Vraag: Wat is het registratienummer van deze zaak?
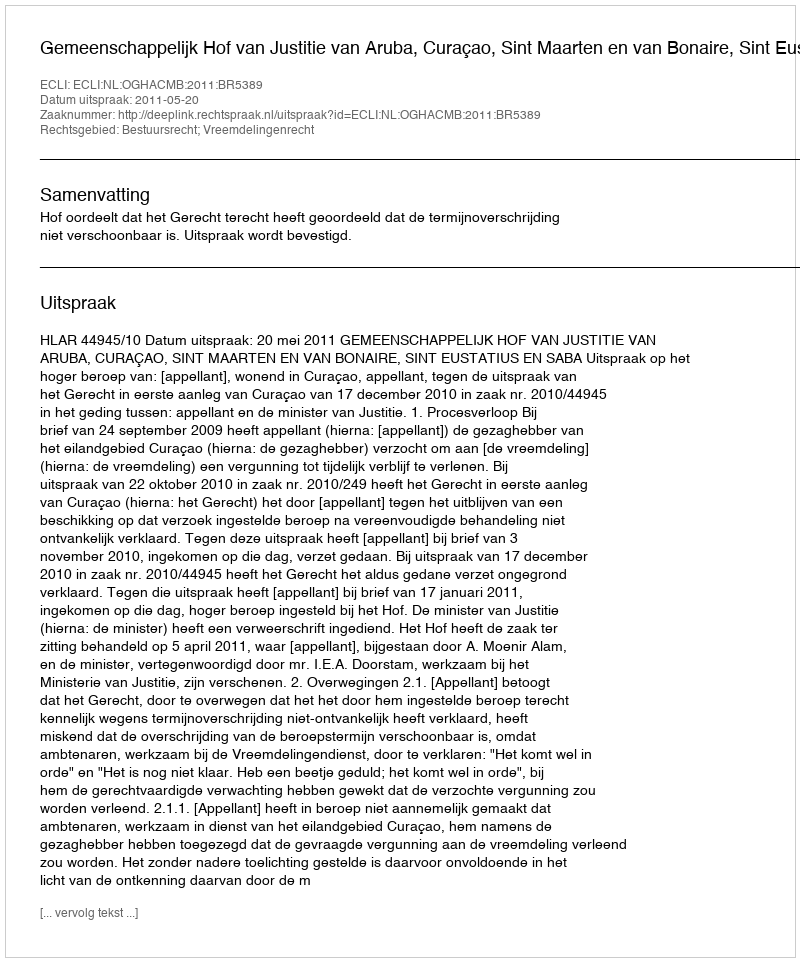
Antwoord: http://deeplink.rechtspraak.nl/uitspraak?id=ECLI:NL:OGHACMB:2011:BR5389